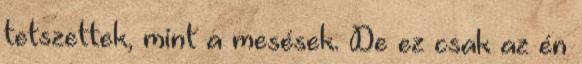
tetszettek, mint a mesések. De ez csak az én